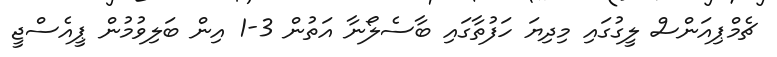
ޗެމްޕިއަންސް ލީގުގައި މިދިޔަ ހަފުތާގައި ބާސެލޯނާ އަތުން 3-1 އިން ބަލިވުމުން ޕީއެސްޖީ